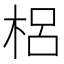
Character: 梠